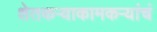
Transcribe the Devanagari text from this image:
शेतकऱ्याकामकऱ्यांचं